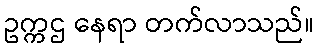
ဥက္ကဌ နေရာ တက်လာသည်။